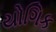
યોગિક